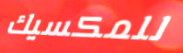
للمكسيك